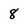
Character: 8